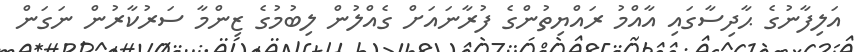
އަލިފާނުގެ ޙާދިސާގައި އާއްމު ރައްޔިތުންގެ ފުރާނައަށް ގެއްލުން ލިބުމުގެ ޒިންމާ ސަރުކާރުން ނަގަން